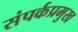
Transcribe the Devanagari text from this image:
संपर्कप्रमुख